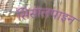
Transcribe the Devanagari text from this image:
सिसालपाइन